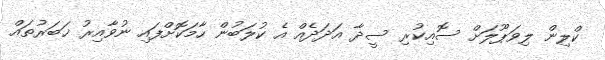
ކްލިން ލިވަޕޫލަށް ސޮއިކުރި ސީދާ އަދަދެއް އެ ކުލަބުން ހާމަކޮށްފައި ނުވާއިރު ޚަބަރުތައް